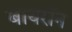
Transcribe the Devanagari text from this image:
बायराॅन